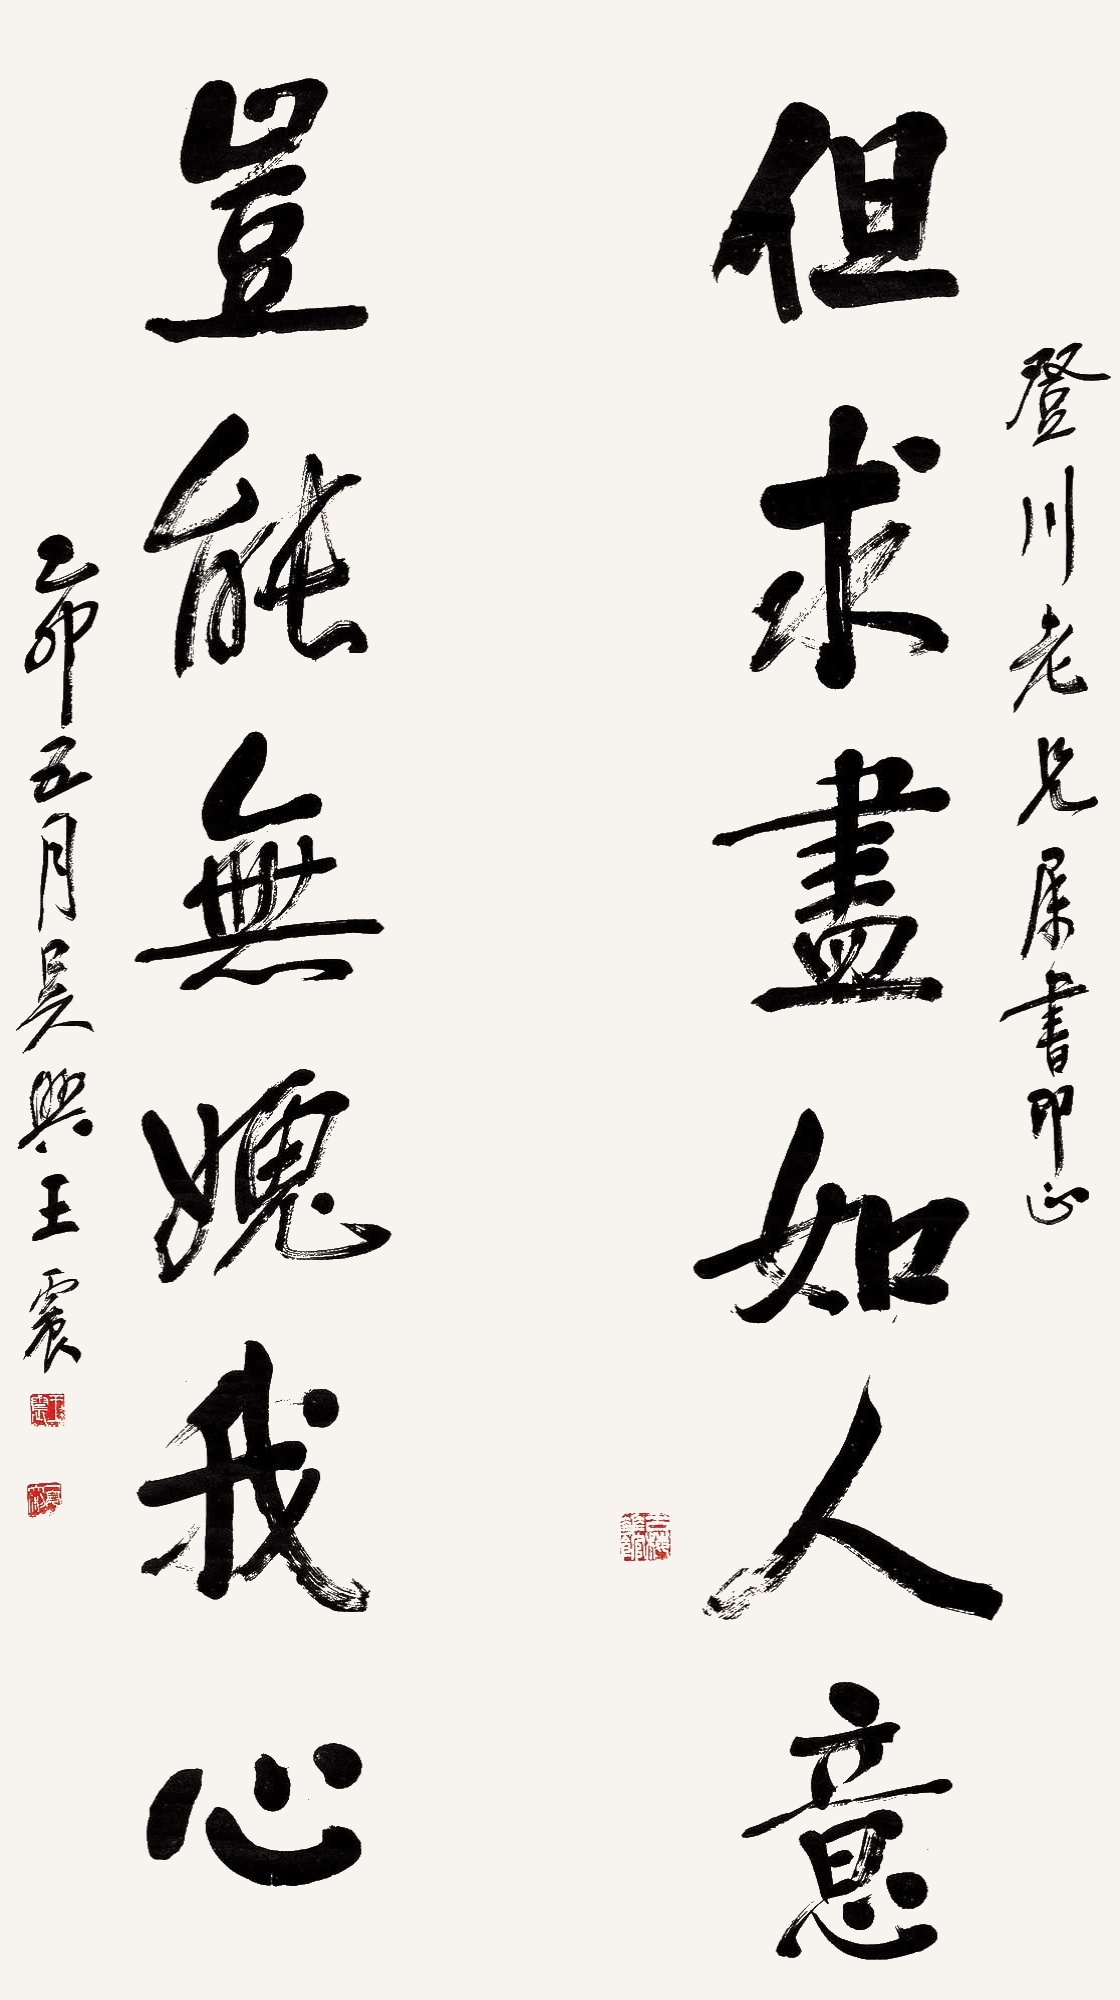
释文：但求尽如人意，岂能无愧我心。登川老兄属书即正，乙卯五月，吴兴王震。